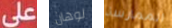
على لوهان الممارسة